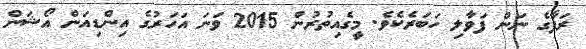
ރަފާގެ ނަން ފަވާލި ހަބަރެކެވެ. މީގެއިތުރުން 2015 ވަނަ އަހަރުގެ އިންޑިއަން އޯޝަން